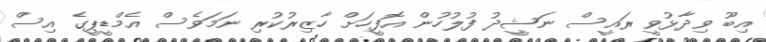
އިބޫ ވިދާޅުވީ ރައީސް ނަޝީދު ފުލުހުން އޮފީހަށް ހާޒިރުކުރި ނަމަވެސް އެމްޑީޕީގެ އިސް